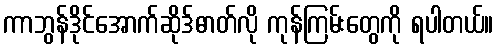
ကာဘွန်ဒိုင်အောက်ဆိုဒ်ဓာတ်လို ကုန်ကြမ်းတွေကို ရပါတယ်။